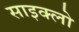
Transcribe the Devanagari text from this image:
साइक्लो